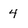
Character: 4